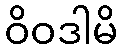
ဝိဝဒါမိ